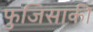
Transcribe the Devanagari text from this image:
फुजिसाकी